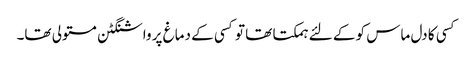
کسی کا دل ماس کو کے لئے ہمکتا تھا تو کسی کے دماغ پر واشنگٹن مستولی تھا۔